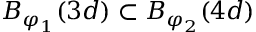
B _ { \varphi _ { 1 } } ( 3 d ) \subset B _ { \varphi _ { 2 } } ( 4 d )